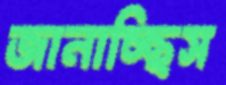
জানাচ্ছিস